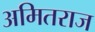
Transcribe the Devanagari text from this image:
अमितराज